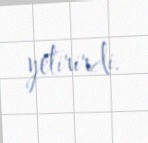
yetirirdi.